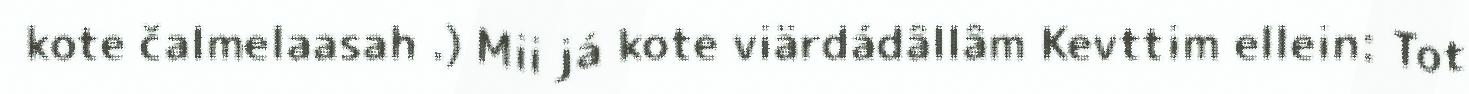
kote čalmelaasah .) Mii já kote viärdádâllâm Kevttim ellein: Tot